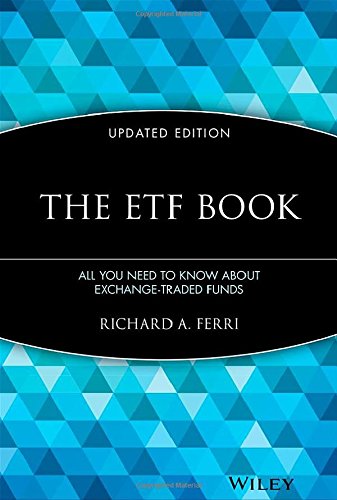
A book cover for The ETF Book: All You Need to Know About Exchange-Traded Funds; Richard A. Ferri; Business & Money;